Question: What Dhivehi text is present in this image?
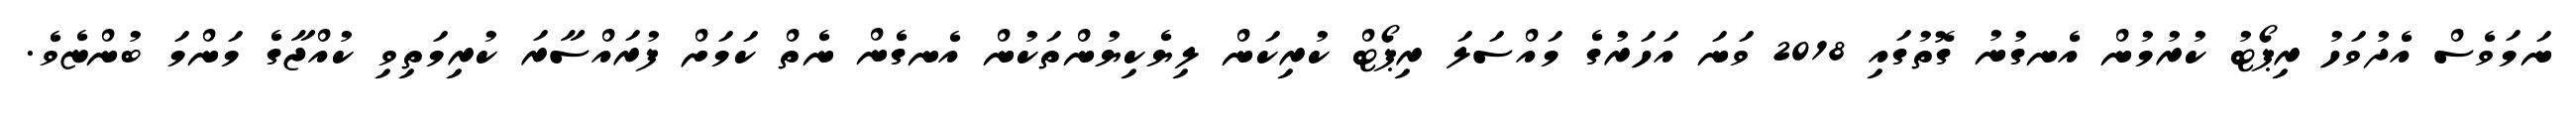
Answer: ނަމަވެސް އެދުވަހު ރިޕޯޓު ކުރުމުން އެނގުނު ގޮތުގައި 2018 ވަނަ އަހަރުގެ މައްސަލަ ރިޕޯޓް ކުރިކަން ލިޔެކިޔުންތަކުން އެނގެން ނެތް ކަމަށް ފުރައްސާރަ ކުރިމަތިވި ކުއްޖާގެ މަންމަ ބުންޏެވެ.